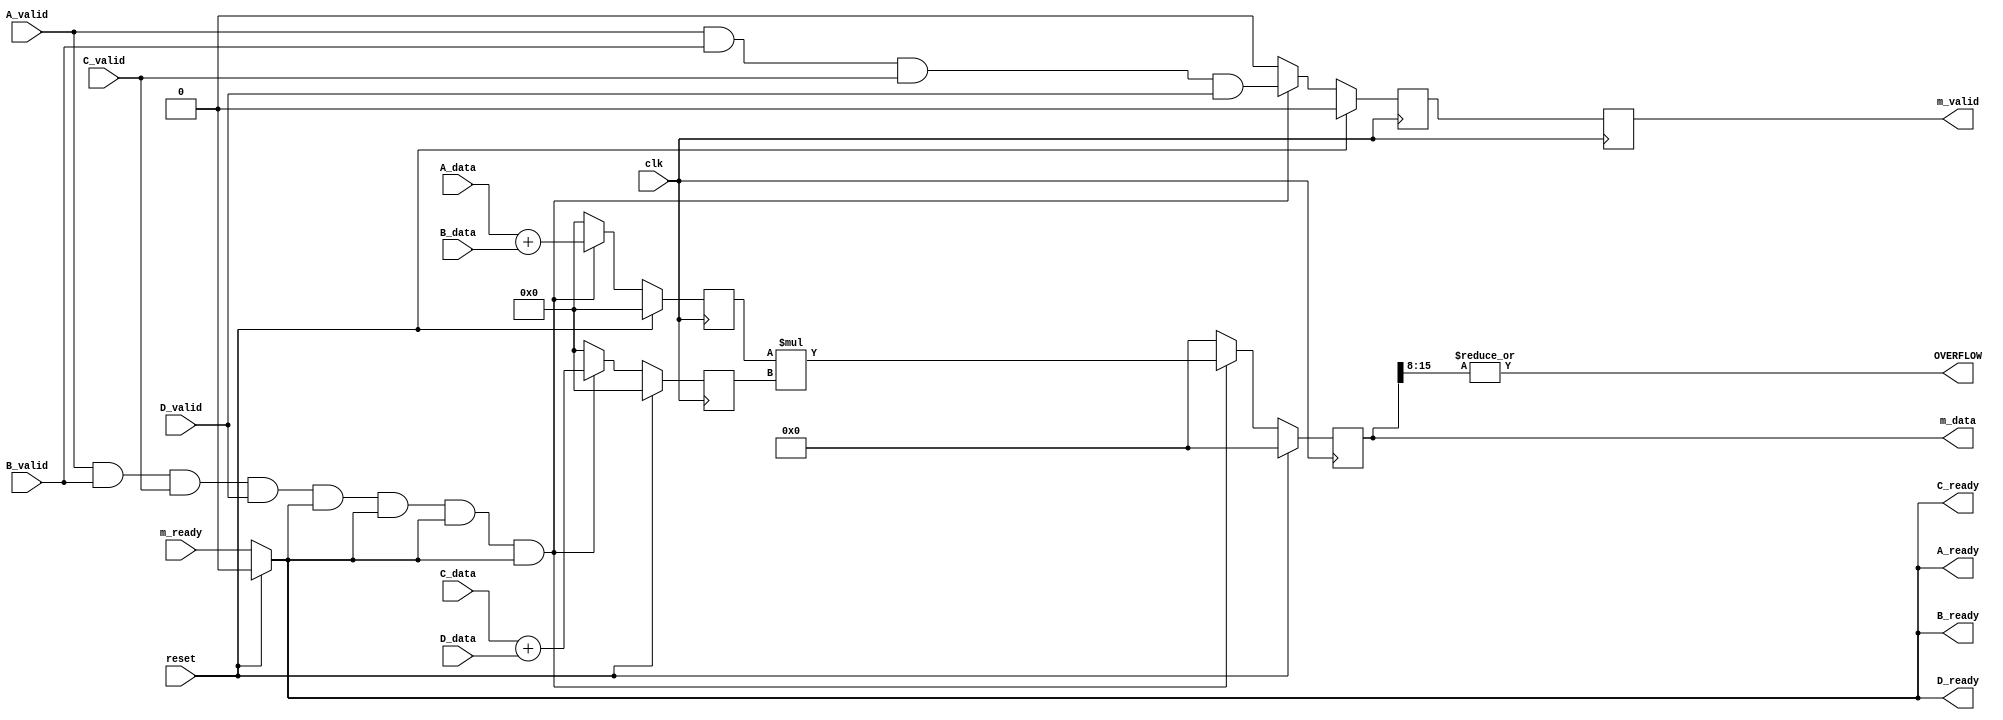
`timescale 1ns / 1ps

// ( (a+b) * (c+d) )
// reg1 = a+b
// reg2 = b+c
// reg3 = reg1*reg2

module MAC_pipeline#(parameter DW = 8)(
    
    input clk,
    input reset,
    
    // signals and data for the input A
    input [DW-1:0]A_data,
    input A_valid,
    output A_ready,
    
    // signals and data for the input B
    input [DW-1:0]B_data,
    input B_valid,
    output B_ready,
    
    // signals and data for the input C
    input [DW-1:0]C_data,
    input C_valid,
    output C_ready,
    
    // signals and data for the input D
    input [DW-1:0]D_data,
    input D_valid,
    output D_ready,
    
    output [2*DW-1:0]m_data,
    output reg m_valid,
    input m_ready,
    
    output  OVERFLOW
    );
    
assign A_ready = reset ? 0 : m_ready;
assign B_ready = reset ? 0 : m_ready;
assign C_ready = reset ? 0 : m_ready;
assign D_ready = reset ? 0 : m_ready;

reg [DW:0] reg1,reg2;
reg [2*DW-1:0]reg3;
reg valid;
always@(posedge clk)begin
    if(reset)begin
        reg1 <= 'd0;
        reg2 <= 'd0;
        reg3 <= 'd0;
        //m_data <= 'd0;
        valid <= 1'd0;
    end
    else begin
        if(A_valid && B_valid && C_valid &&D_valid && A_ready && B_ready && C_ready && D_ready) begin
            reg1 <= A_data + B_data ;
            reg2 <= C_data + D_data;
            reg3 <= reg1*reg2;
            valid <= A_valid & B_valid & C_valid & D_valid;
        end
        else begin
            reg1 <= 'd0;
            reg2 <= 'd0;
            reg3 <= 'd0;
            valid <= 1'd0;
        end
    end
    m_valid <= valid;
end

assign m_data = reg3;
assign OVERFLOW = |reg3[2*DW-1:DW];
endmodule